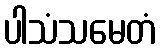
ပါသံသမေတံ